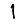
Digit: 1